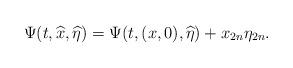
LaTeX: \begin{align*}\Psi(t,\widehat x,\widehat\eta)=\Psi(t,(x,0),\widehat\eta)+x_{2n}\eta_{2n}.\end{align*}